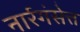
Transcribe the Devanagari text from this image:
नार्रगंसेत्त